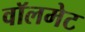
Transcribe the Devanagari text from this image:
वॉलमेट